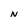
Character: N